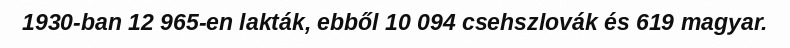
1930-ban 12 965-en lakták, ebből 10 094 csehszlovák és 619 magyar.